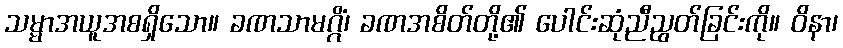
သမ္မာအယူအစရှိသော။ ခဏသာမဂ္ဂိံ၊ ခဏအစိတ်တို့၏ ပေါင်းဆုံညီညွတ်ခြင်းကို။ ဝိနာ၊